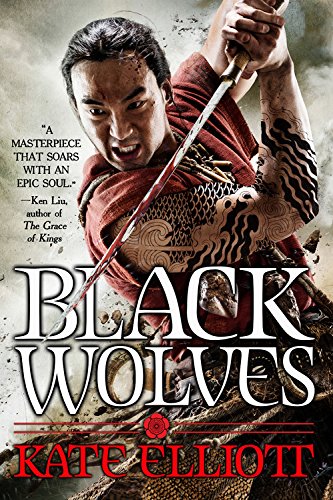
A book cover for Black Wolves (The Black Wolves Trilogy); Kate Elliott; Romance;